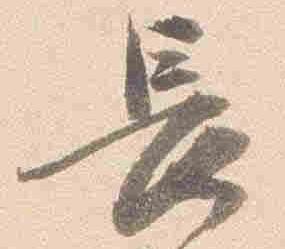
長